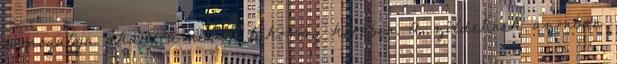
támogatója akadt a német lakosság körében. A zöldeknek azonban